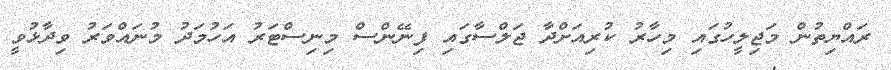
ރައްޔިތުން މަޖިލީހުގައި މިހާރު ކުރިއަށްދާ ޖަލްސާގައި ފިނޭންސް މިނިސްޓަރު އަހުމަދު މުނައްވަރު ވިދާޅުވީ